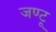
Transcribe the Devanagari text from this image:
जण्टू